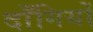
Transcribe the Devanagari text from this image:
दाँगियों